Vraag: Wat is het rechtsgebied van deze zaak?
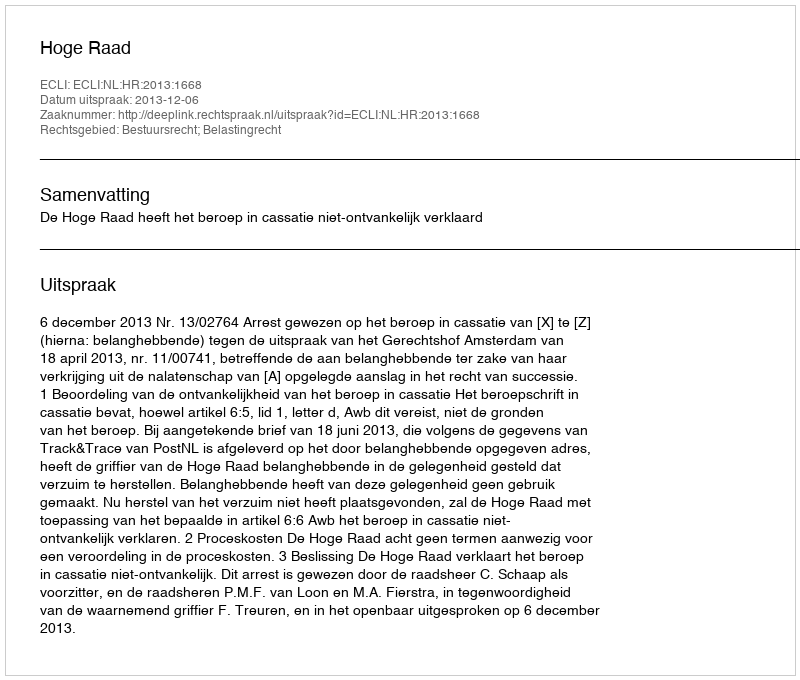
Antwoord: Bestuursrecht; Belastingrecht